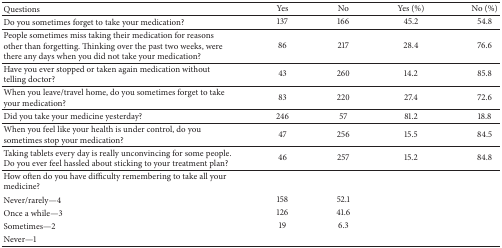
| Questions | Yes | No | Yes (%) | No (%) |
 | --- | --- | --- | --- | --- |
 | Do you sometimes forget to take your medication? | 137 | 166 | 45.2 | 54.8 |
 | People sometimes miss taking their medication for reasons other than forgetting. Thinking over the past two weeks, were there any days when you did not take your medication? | 86 | 217 | 28.4 | 76.6 |
 | Have you ever stopped or taken again medication without telling doctor? | 43 | 260 | 14.2 | 85.8 |
 | When you leave/travel home, do you sometimes forget to take your medication? | 83 | 220 | 27.4 | 72.6 |
 | Did you take your medicine yesterday? | 246 | 57 | 81.2 | 18.8 |
 | When you feel like your health is under control, do you sometimes stop your medication? | 47 | 256 | 15.5 | 84.5 |
 | Taking tablets every day is really unconvincing for some people. Do you ever feel hassled about sticking to your treatment plan? | 46 | 257 | 15.2 | 84.8 |
 | How often do you have difficulty remembering to take all your medicine? |  |  |  |  |
 | Never/rarely—4 | 158 | 52.1 |  |  |
 | Once a while—3 | 126 | 41.6 |  |  |
 | Sometimes—2 | 19 | 6.3 |  |  |
 | Never—1 |  |  |  |  |